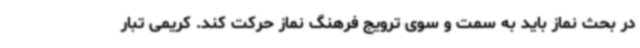
در بحث نماز باید به سمت و سوی ترویج فرهنگ نماز حرکت کند. کریمی تبار